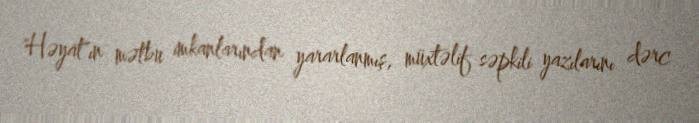
"Həyat"ın mətbu imkanlarından yararlanmış, müxtəlif səpkili yazılarını dərc